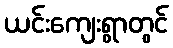
ယင်းကျေးရွာတွင်